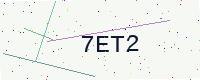
Text: 7ET2